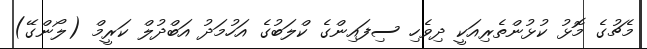
މެޗުގެ މޮޅު ކުޅުންތެރިއަކީ ދިވެހި ސިފައިންގެ ކްލަބުގެ އަހުމަދު އަބްދުލް ކަރީމް (ލޯންގޭ)